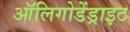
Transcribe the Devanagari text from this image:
ऑलिगोडेंड्राइट